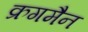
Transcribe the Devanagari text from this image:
क्रगमैन